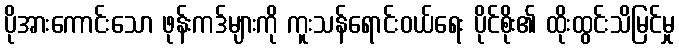
ပိုအားကောင်းသော ဖုန်းကဒ်များကို ကူးသန်ရောင်းဝယ်ရေး ပိုင်စိုး၏ ထိုးထွင်းသိမြင်မှု